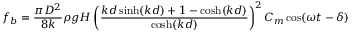
f _ { b } = \frac { \pi D ^ { 2 } } { 8 k } \rho g H \left( \frac { k d \sinh ( k d ) + 1 - \cosh ( k d ) } { \cosh ( k d ) } \right) ^ { 2 } C _ { m } \cos ( \omega t - \delta )